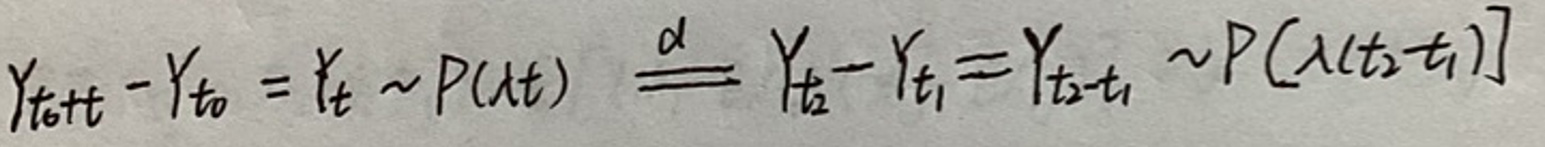
\[ Y_{t_0 + t} - Y_{t_0} = Y_t \sim P(\lambda t) \stackrel{d}{=} Y_{t_2} - Y_{t_1} = Y_{t_2 - t_1} \sim P(\lambda (t_2 - t_1)) \]